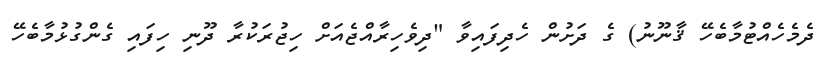
ދެމެހެއްޓުމާބެހޭ ޤާނޫނު) ގެ ދަށުން ހެދިފައިވާ "ދިވެހިރާއްޖެއަށް ހިޖުރަކުރާ ދޫނި ހިފައި ގެންގުޅުމާބެހޭ